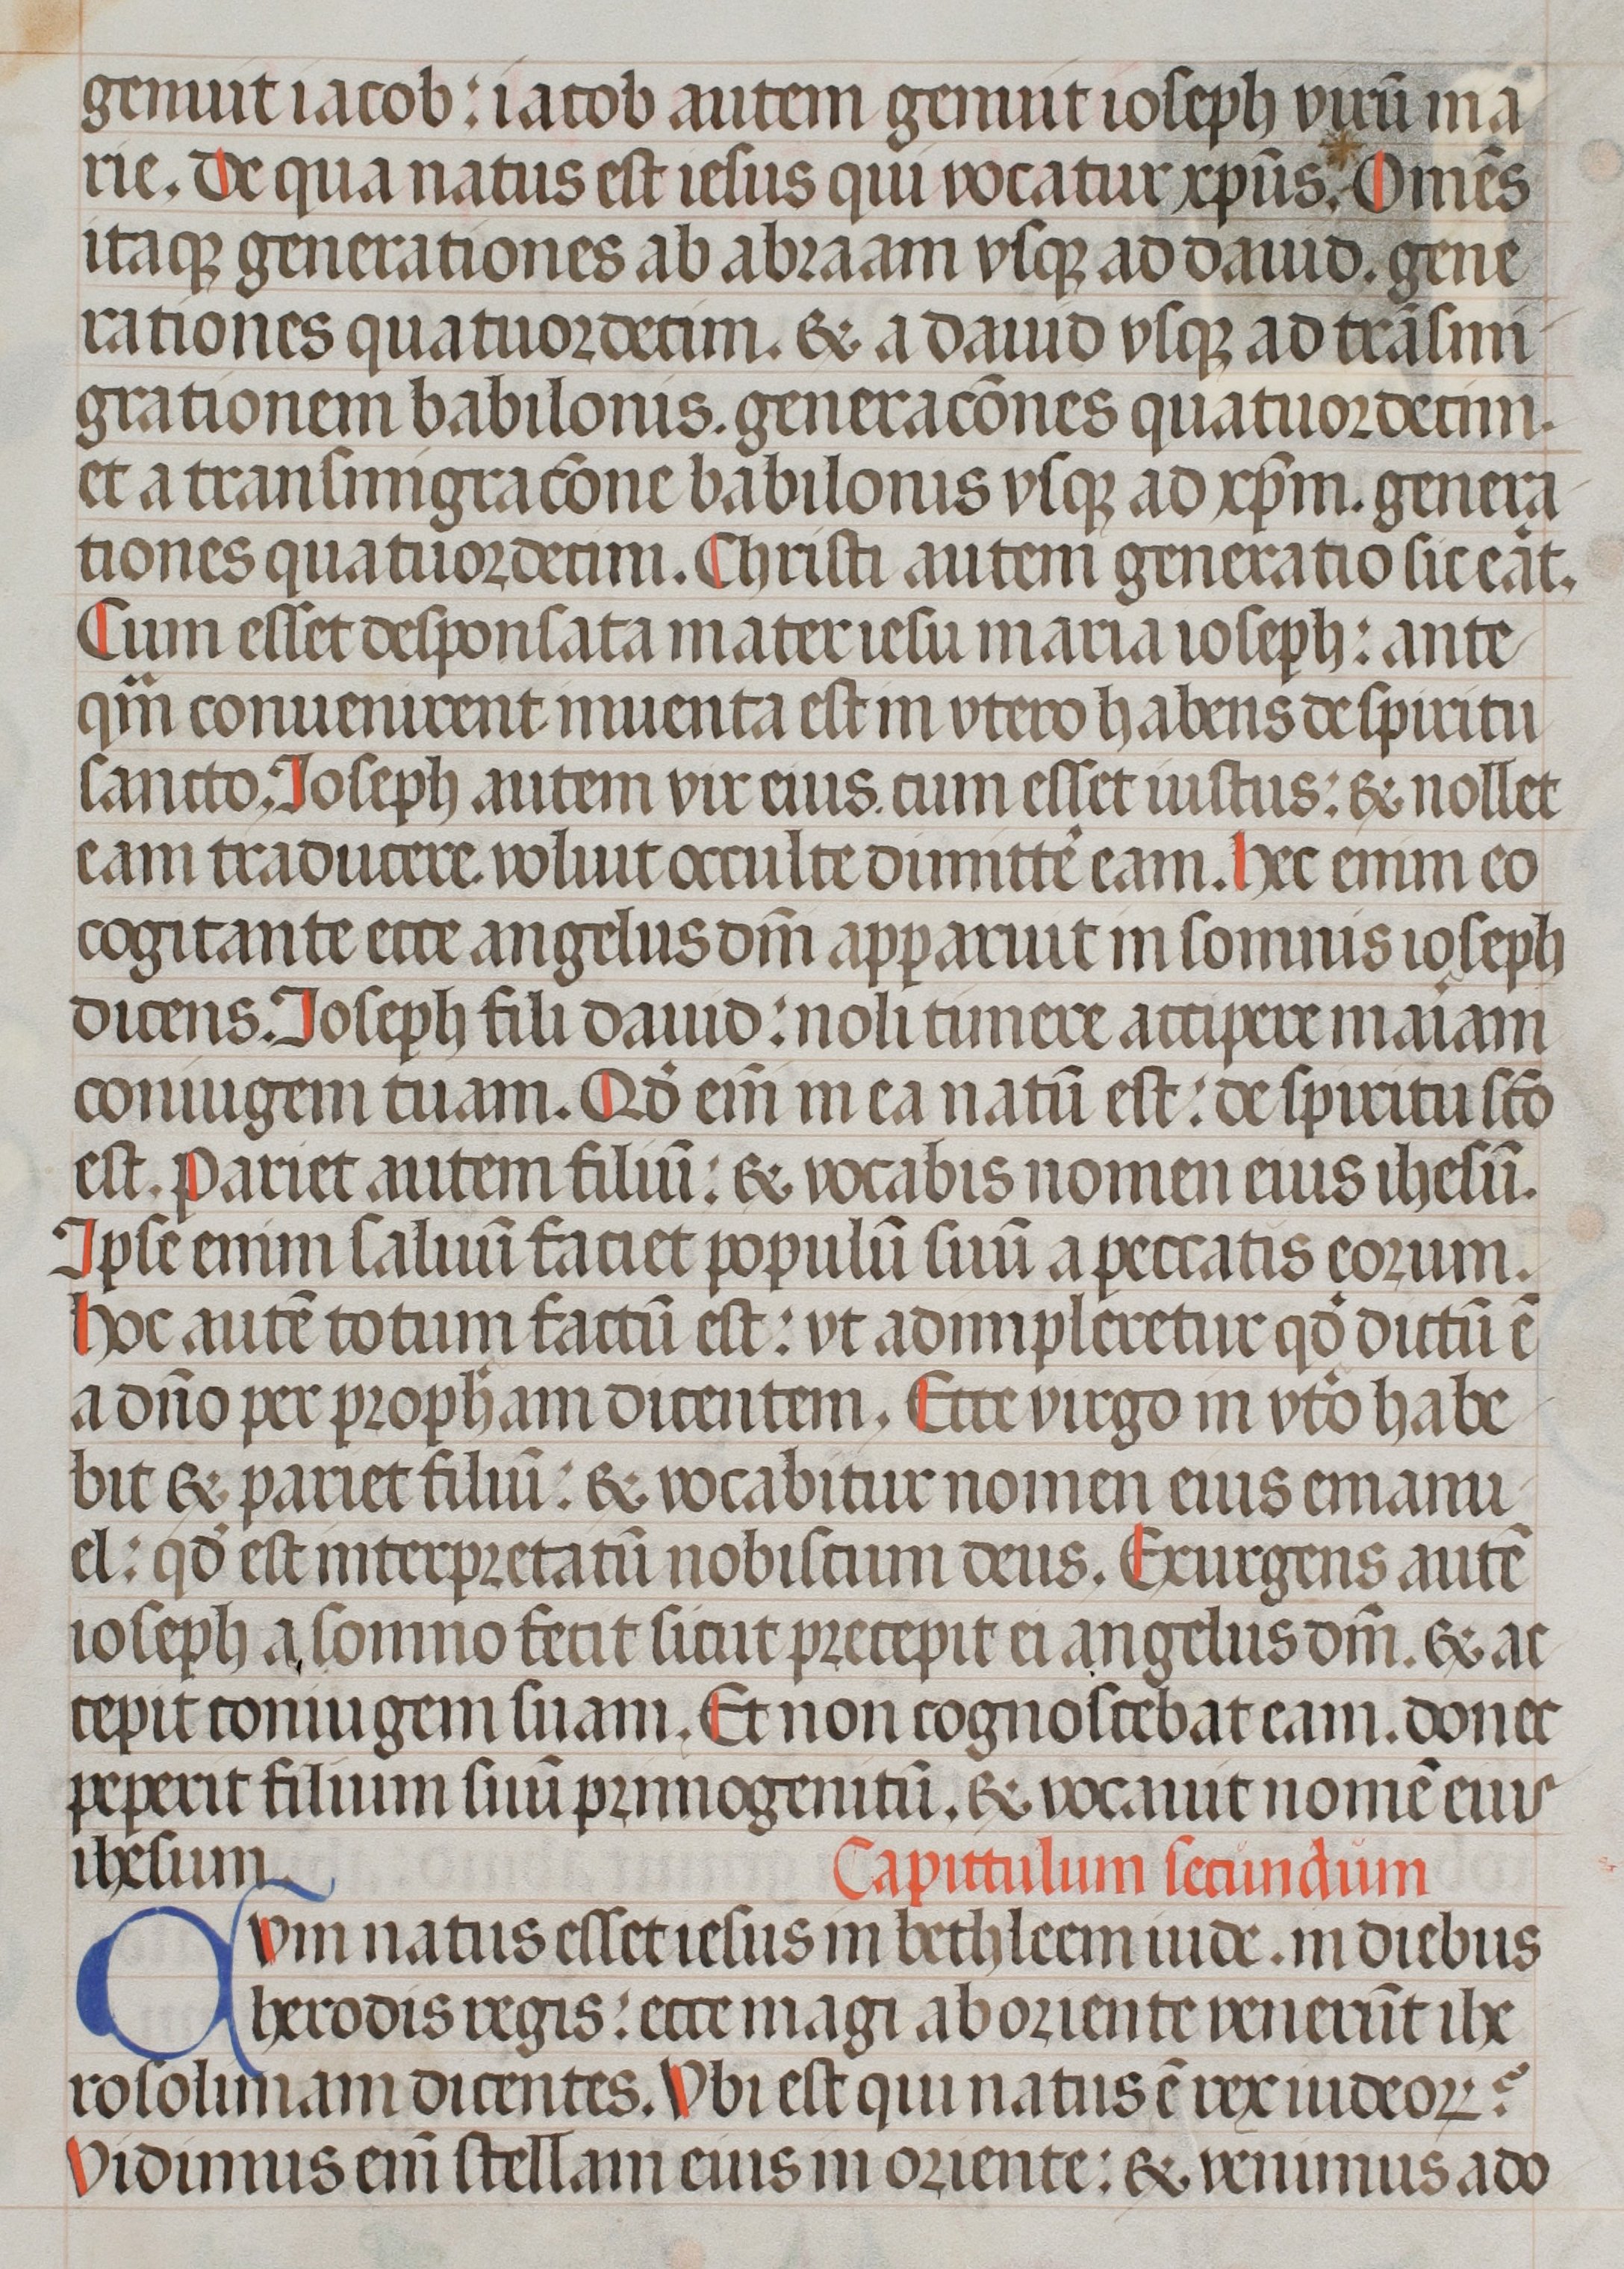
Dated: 1400–1499